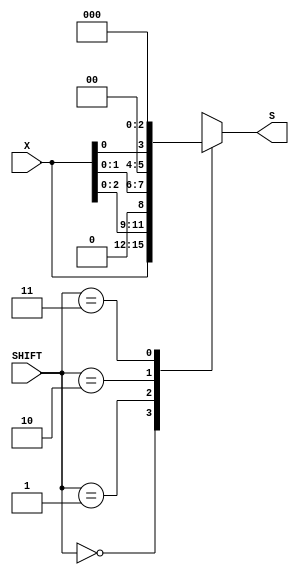
/* 
REG. NO: SEU/IS/13/EG/091
NAME: P.RUMESH
THIS VERILOG CODE IS FOR SHIFT REGISTER IN THE GIVEN DIAGRAM
*/

// DEFINING SHIFT REGISTER
module Shift_Reg(X, SHIFT, S );

input [3:0] X;		//FOUR BIT INPUT X 
input [1:0] SHIFT;	//TWO BIT INPUT SHIFT
output  reg [3:0] S;	//FOUR BIT OUTPUT S SAVED IN REGISTER 

always@(*) begin
case(SHIFT)
       2'b00:
	 S = X;  
       2'b01:
	 S = X << 1;
       2'b10:
	 S = X << 2; 
       2'b11:
	 S = X << 3;		// ASSIGNING THE FOUR CASES ACCORDING TO THE OPERATIONS 
 endcase
 end
endmodule